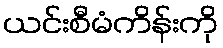
ယင်းစီမံကိန်းကို